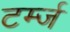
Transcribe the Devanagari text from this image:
टर्म्ज